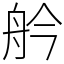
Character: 䑤